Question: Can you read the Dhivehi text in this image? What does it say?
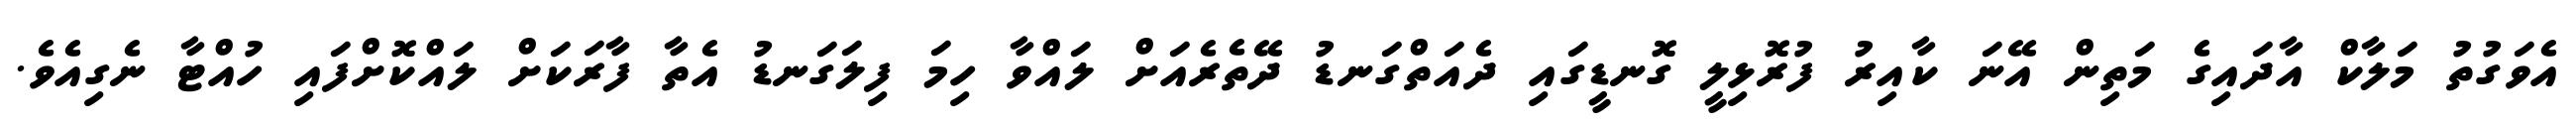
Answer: އެވަގުތު މަލާކް އާދައިގެ މަތިން އޭނަ ކާއިރު ފުރޮޅިލީ ގޮނޑީގައި ދެއަތްގަނޑު ދޭތެރެއަށް ލައްވާ ހިމަ ފިލަގަނޑު އެތާ ފާރަކަށް ލައްކޮށްފައި ހުއްޓާ ނެގިއެވެ.